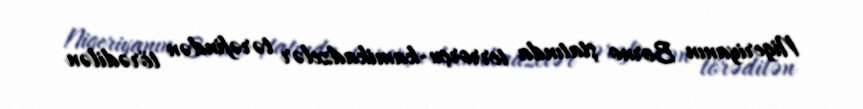
Nigeriyanın Borno ştatında terrorçu-kamikadzelər tərəfindən törədilən